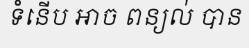
ទំនើប អាច ពន្យល់ បាន